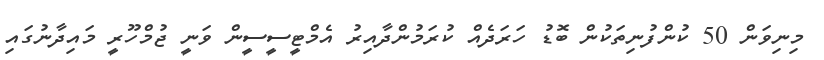
މިނިވަން 50 ކުންފުނިތަކުން ބޮޑު ހަރަދެއް ކުރަމުންދާއިރު އެމްޓީސީސީން ވަނީ ޖުމްހޫރީ މައިދާނުގައި